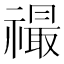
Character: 𬓙